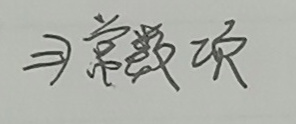
$\Rightarrow $常数项